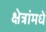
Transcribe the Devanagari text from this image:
क्षेत्रांमधे